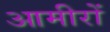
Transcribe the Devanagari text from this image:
आमीरों